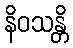
နိဝသန္တိ